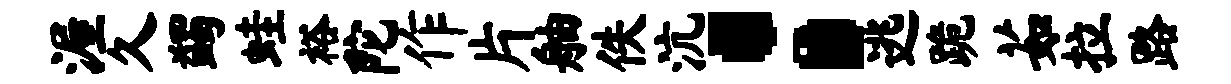
渥久蠲蛙裕陀作片舳佚沆：逃跪茹拉路